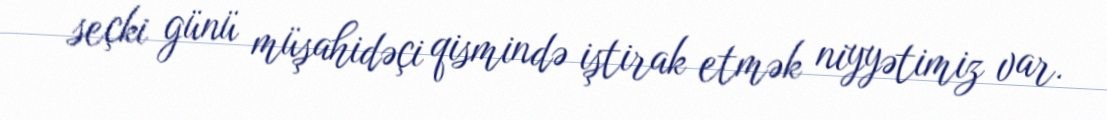
seçki günü müşahidəçi qismində iştirak etmək niyyətimiz var.